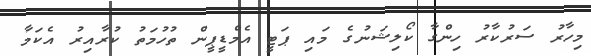
މިހާރު ސަރުކާރު ހިންގާ ކޯލިޝަނުގެ މައި ޕަޓީ އެމްޑީޕީން ތުހުމަތު ކުރާއިރު އެކަމާ